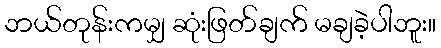
ဘယ်တုန်းကမျှ ဆုံးဖြတ်ချက် မချခဲ့ပါဘူး။